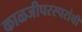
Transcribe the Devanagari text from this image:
काळजीपरस्परांची